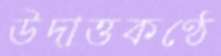
উদাত্তকণ্ঠে